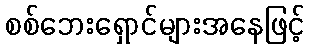
စစ်ဘေးရှောင်များအနေဖြင့်